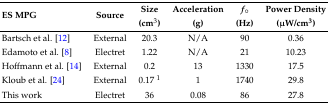
| <ROWSPAN=2> ES MPG | <ROWSPAN=2> Source | Size | Acceleration | f∘ | Power Density |
 | (cm3) | (g) | (Hz) | (μW/cm3) |
 | --- | --- | --- | --- | --- | --- |
 | Bartsch et al. [12] | External | 20.3 | N/A | 90 | 0.36 |
 | Edamoto et al. [8] | Electret | 1.22 | N/A | 21 | 10.23 |
 | Hoffmann et al. [14] | External | 0.2 | 13 | 1330 | 17.5 |
 | Kloub et al. [24] | External | 0.17 1 | 1 | 1740 | 29.8 |
 | This work | Electret | 36 | 0.08 | 86 | 27.8 |